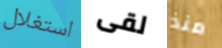
استغلال لقى منذ